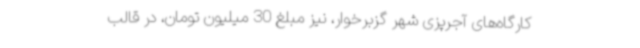
کارگاه‌های آجرپزی شهر گزبرخوار، نیز مبلغ 30 میلیون تومان، در قالب